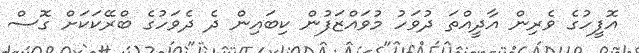
އޮފީހުގެ ވެރިން އާދީއްތަ ދުވަހު މުވައްޒަފުން ކިބައިން ދެ ދެވަހުގެ ބްރޭކަކަށް ގޮސް